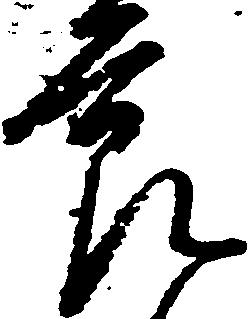
節